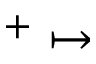
^ + \mapsto